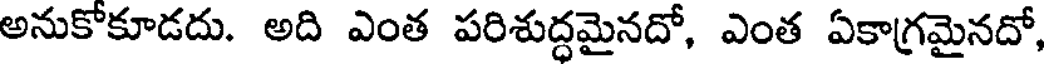
అనుకోకూడదు. అది ఎంత పరిశుద్ధమైనదో, ఎంత ఏకాగ్రమైనదో,